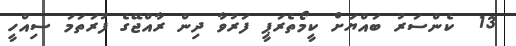
13  ކެންސަރު ބައްޔަށް ކީމޯތެރަޕީ ފަރުވާ ދިން ރާއްޖޭގެ ފުރަތަމަ ސިއްހީ